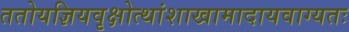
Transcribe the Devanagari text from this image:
ततोयज्ञियवृक्षोत्थांशाखामादायवाग्यतः